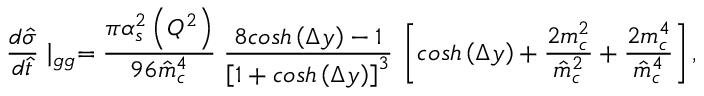
\frac { d \hat { \sigma } } { d \hat { t } } \mid _ { g g } = \frac { \pi \alpha _ { s } ^ { 2 } \left( Q ^ { 2 } \right) } { 9 6 \hat { m } _ { c } ^ { 4 } } \; \frac { 8 c o s h \left( \Delta y \right) - 1 } { \left[ 1 + c o s h \left( \Delta y \right) \right] ^ { 3 } } \: \left[ c o s h \left( \Delta y \right) + \frac { 2 m _ { c } ^ { 2 } } { \hat { m } _ { c } ^ { 2 } } + \frac { 2 m _ { c } ^ { 4 } } { \hat { m } _ { c } ^ { 4 } } \right] ,